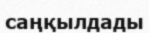
саңқылдады